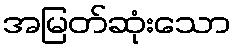
အမြတ်ဆုံးသော